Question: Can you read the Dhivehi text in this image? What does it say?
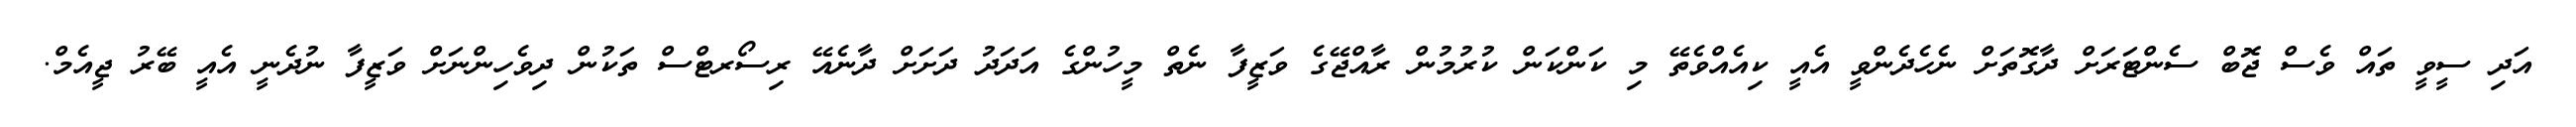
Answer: އަދި ސީވީ ތައް ވެސް ޖޮބް ސެންޓަރަށް ދާގޮތަށް ނެހެދެންވީ އެއީ ކިއެއްވެތޭ މި ކަންކަން ކުރުމުން ރާއްޖޭގެ ވަޒީފާ ނެތް މީހުންގެ އަދަދު ދަށަށް ދާނެއޭ ރިސޯރޓްސް ތަކުން ދިވެހިންނަށް ވަޒީފާ ނުދެނީ އެއީ ބޭރު ޖީއެމް.